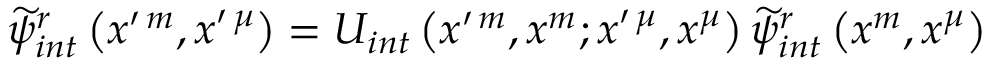
\begin{array} { r } { \widetilde { \psi } _ { i n t } ^ { r } \left( x ^ { \prime \, m } , x ^ { \prime \, \mu } \right) = U _ { i n t } \left( x ^ { \prime \, m } , x ^ { m } ; x ^ { \prime \, \mu } , x ^ { \mu } \right) \widetilde { \psi } _ { i n t } ^ { r } \left( x ^ { m } , x ^ { \mu } \right) } \end{array}